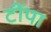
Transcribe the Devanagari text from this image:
टींपा